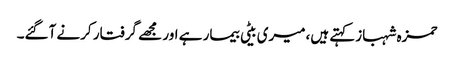
حمزہ شہبازکہتے ہیں،میری بیٹی بیمار ہے اور مجھے گرفتار کرنے آگئے۔